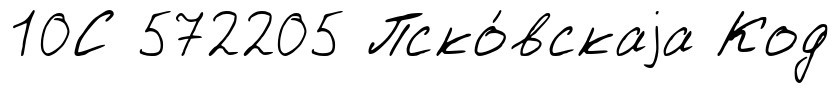
10С 572205 Пско́вскаjа Код